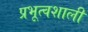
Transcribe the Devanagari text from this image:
प्रभूत्वशाली